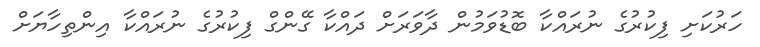
ހަރުކަށި ފިކުރުގެ ނުރައްކާ ބޮޑުވަމުން ދާވަރަށް ދައްކާ ގޭންގް ފިކުރުގެ ނުރައްކާ އިންތިހާޔަށް